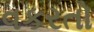
વકરતો